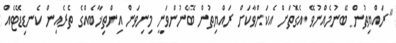
"ރައްޔިތުން ބޭނުމެއްނުވޭ އެގޮތަށް އެކަންވާކަށް ރައްޔިތުން ބޭނުންވަނީ މިނިވަން އިންތިޚާބެއްގެ ތެރެއިން ކެނޑިޑޭޓެއް